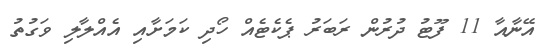
އޭނާއާ 11 ފޫޓު ދުރުން ރަބަރު ޕެކެޓެއް ހޯދި ކަމަށާއި އެއްލާލި ވަގުތު